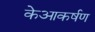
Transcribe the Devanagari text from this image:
केआकर्षण